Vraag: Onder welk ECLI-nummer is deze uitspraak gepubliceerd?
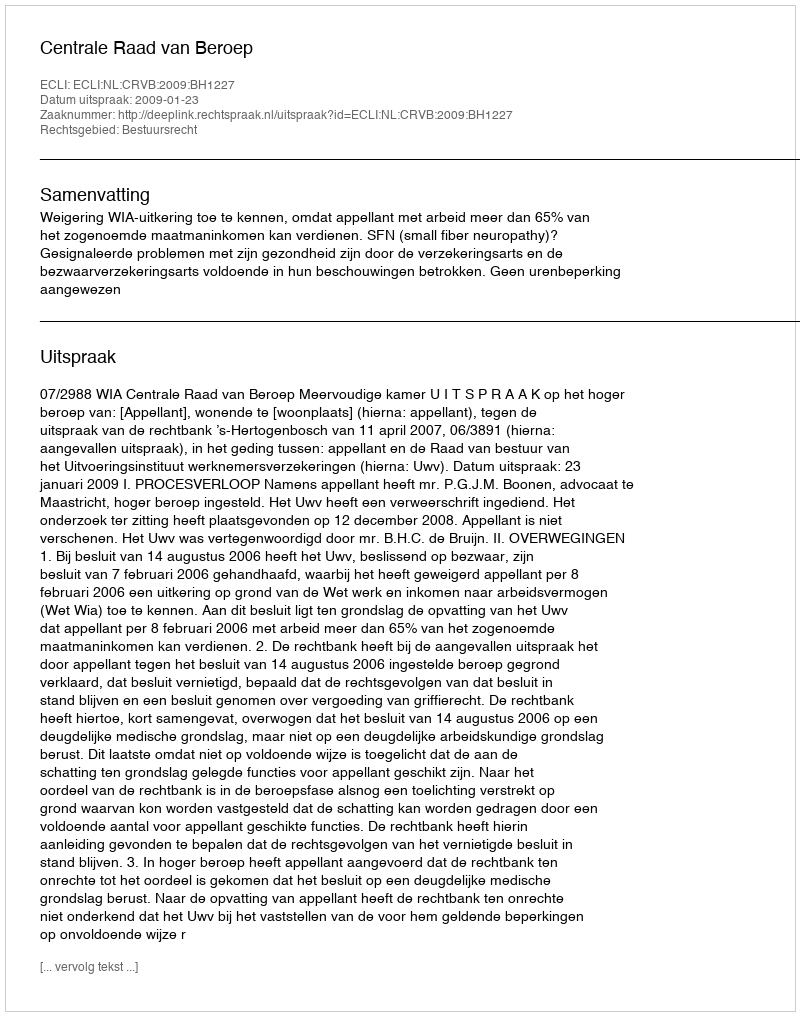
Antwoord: ECLI:NL:CRVB:2009:BH1227